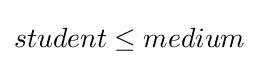
student\leq medium